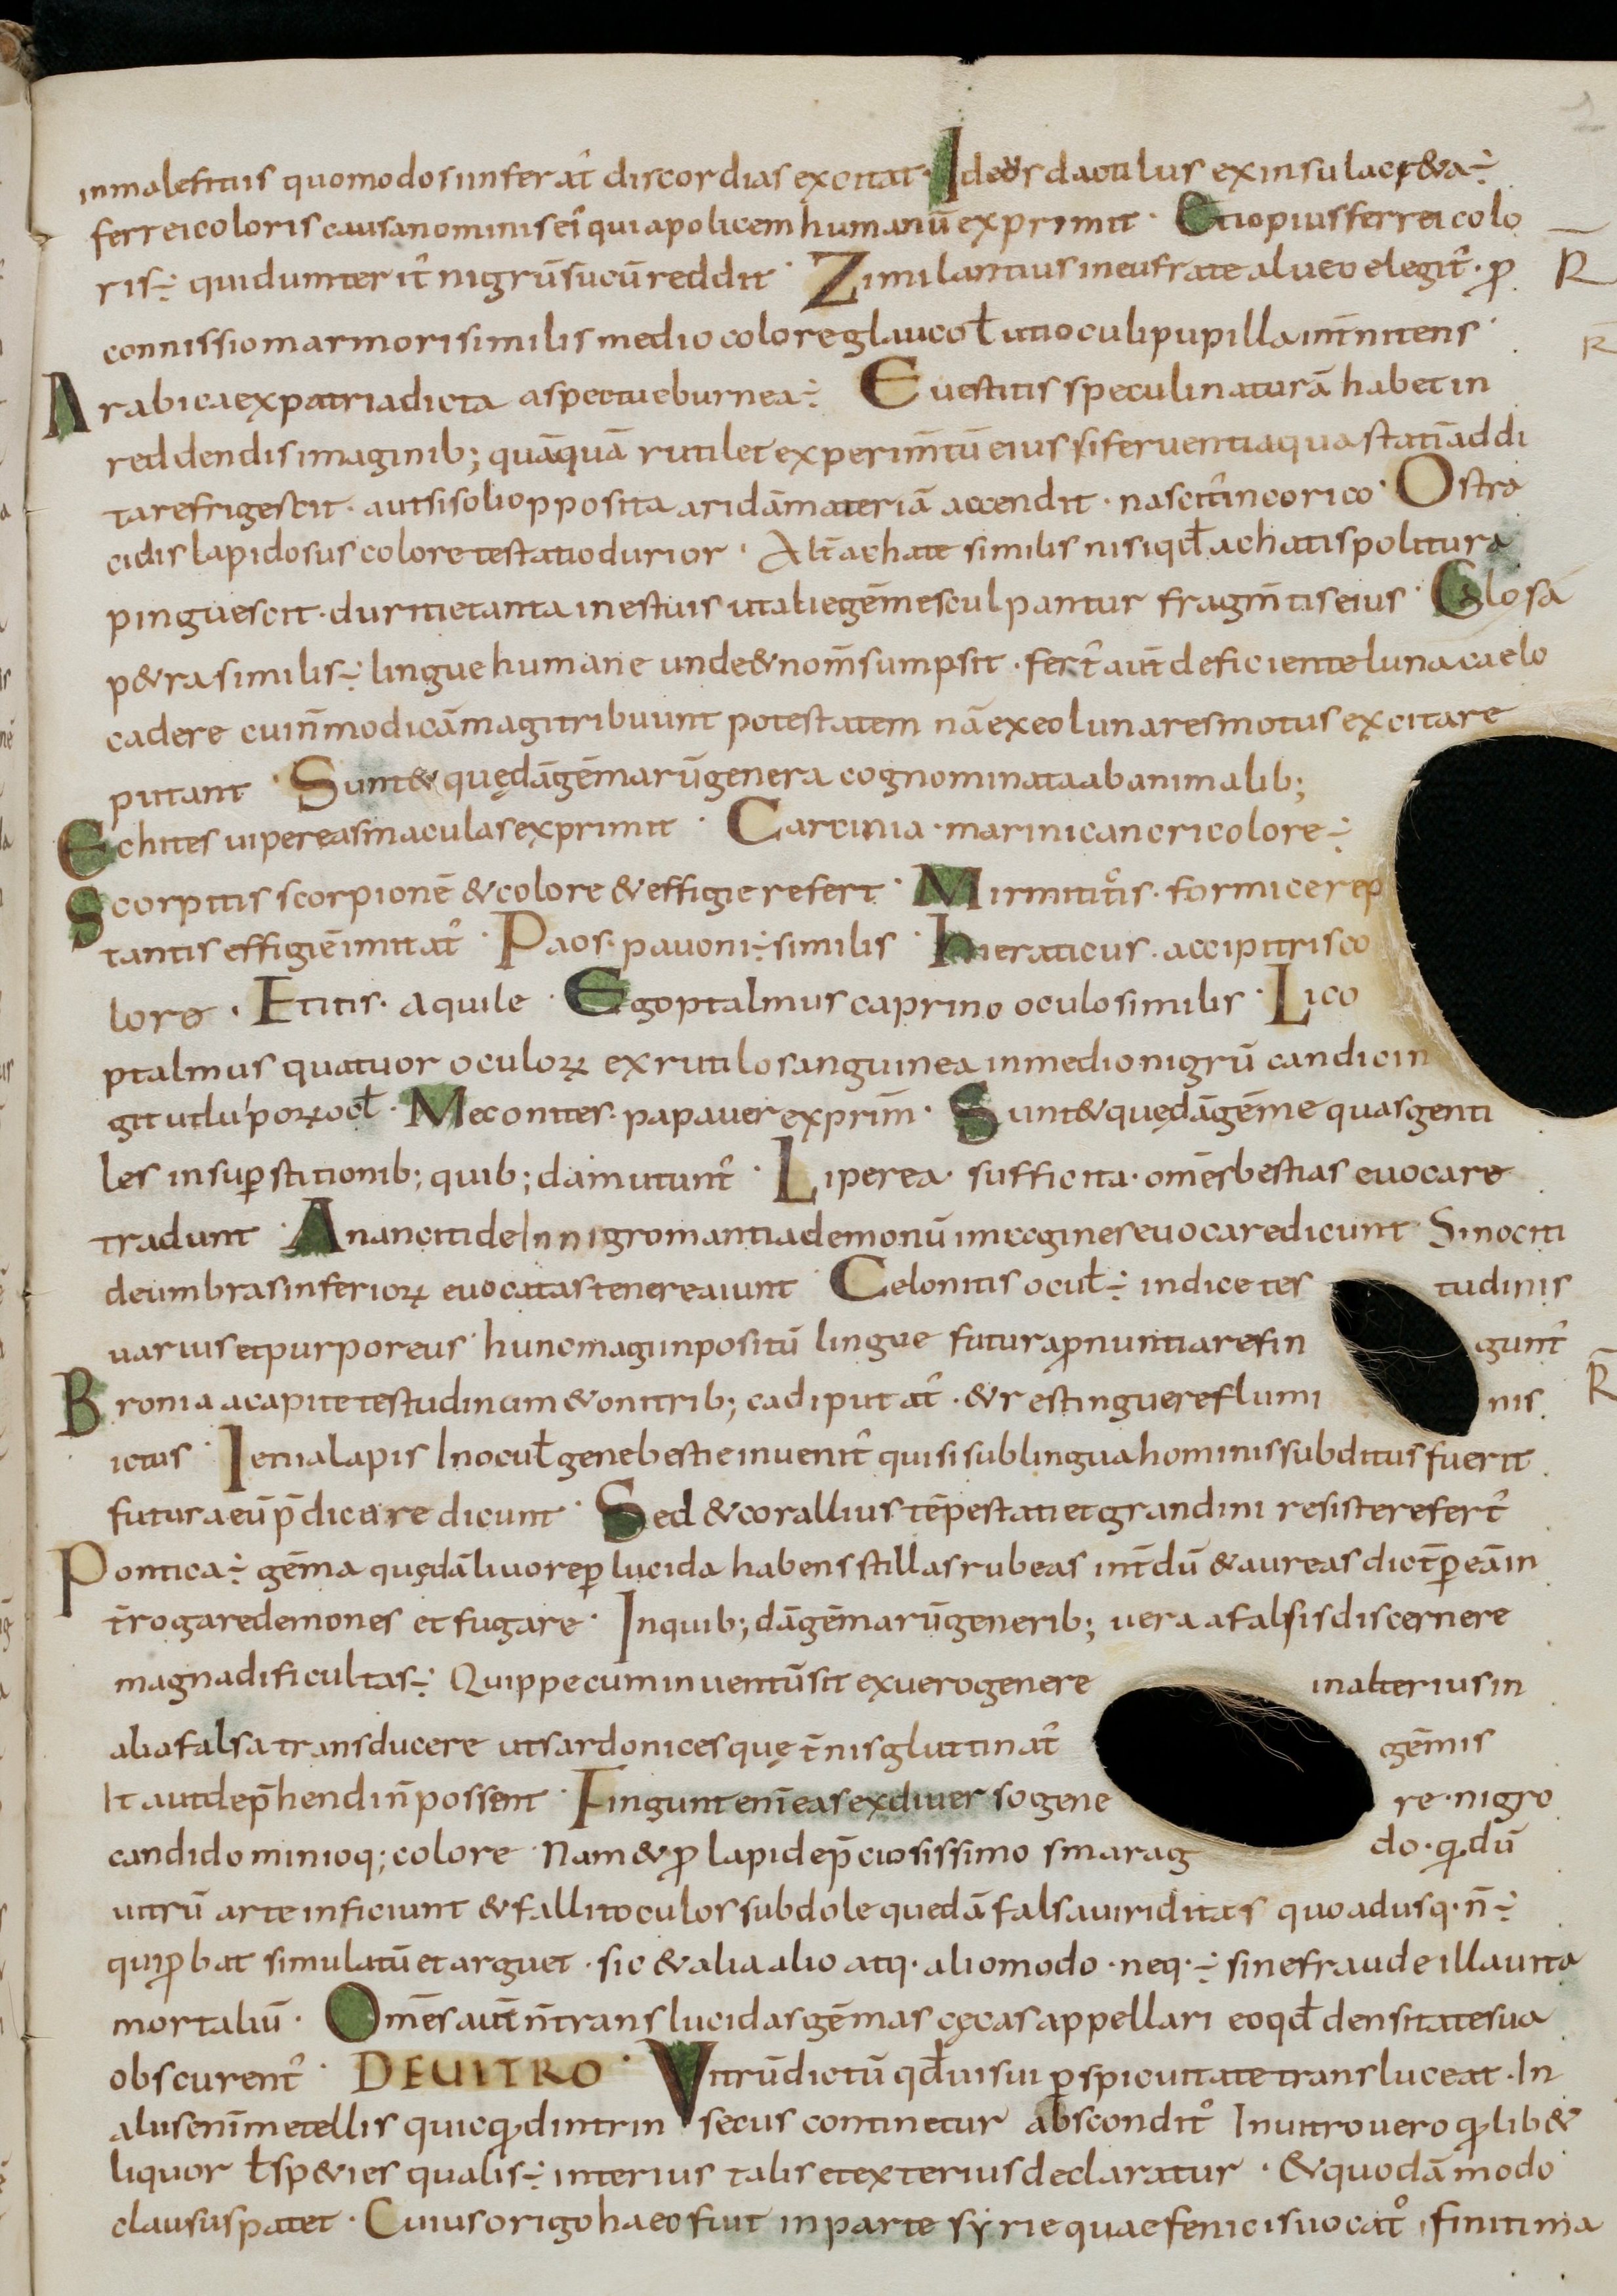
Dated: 800–899